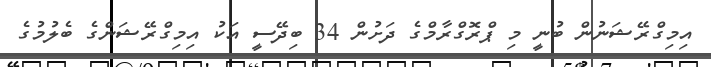
އިމިގްރޭޝަނުން ބުނީ މި ޕްރޮގްރާމްގެ ދަށުން 34 ބިދޭސީ އަކު އިމިގްރޭޝަންގެ ބެލުމުގެ